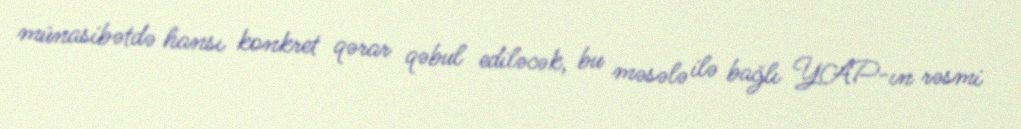
münasibətdə hansı konkret qərar qəbul ediləcək, bu məsələ ilə bağlı YAP-ın rəsmi